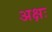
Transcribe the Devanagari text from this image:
अक्षः